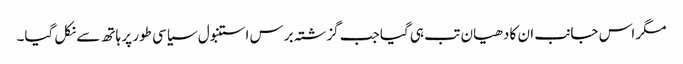
مگر اس جانب ان کا دھیان تب ہی گیا جب گزشتہ برس استنبول سیاسی طور پر ہاتھ سے نکل گیا۔